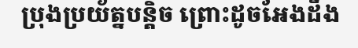
ប្រុងប្រយ័ត្នបន្តិច ព្រោះដូចអែងដឹង